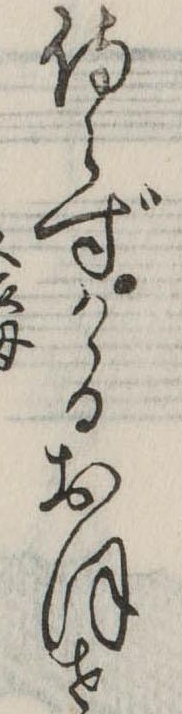
侍らずかゝるおほせ